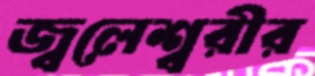
জ্বলেশ্বরীর